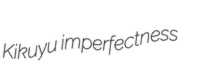
Kikuyu imperfectness